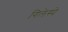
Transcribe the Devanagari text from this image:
गिलेस्पे